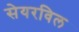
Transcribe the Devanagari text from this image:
सेयरविल